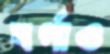
বর্গাও